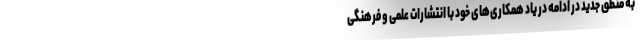
به منطق جدید در ادامه در یاد همکاری‌های خود با انتشارات علمی و فرهنگی